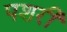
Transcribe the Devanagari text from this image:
पशरी